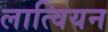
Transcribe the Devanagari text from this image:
लात्वियन